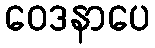
ဝေဒနာပေ